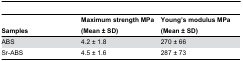
<table><thead><tr><td><b>Samples</b></td><td><b>Maximum strength MPa (Mean ± SD)</b></td><td><b>Young’s modulus MPa (Mean ± SD)</b></td></tr></thead><tbody><tr><td>ABS</td><td>4.2 ± 1.8</td><td>270 ± 66</td></tr><tr><td>Sr-ABS</td><td>4.5 ± 1.6</td><td>287 ± 73</td></tr></tbody></table>